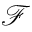
\mathcal { F }